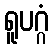
ရူပဂ္ဂံ